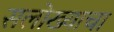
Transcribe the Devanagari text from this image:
सलोख्याचा